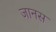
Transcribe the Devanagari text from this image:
जानस